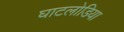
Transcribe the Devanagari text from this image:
घाटलोडिया